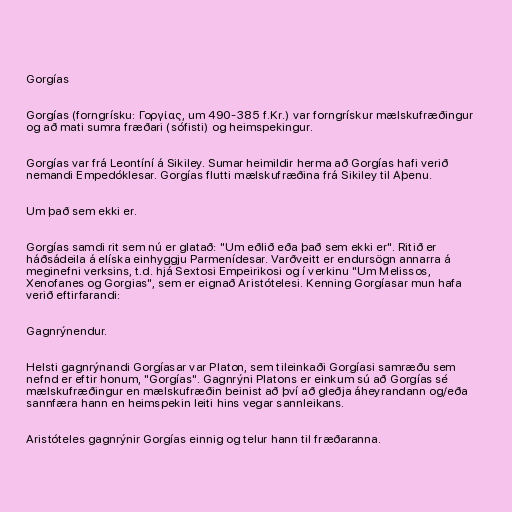
Gorgías

Gorgías (forngrísku: Γοργίας, um 490-385 f.Kr.) var forngrískur mælskufræðingur
og að mati sumra fræðari (sófisti) og heimspekingur.

Gorgías var frá Leontíní á Sikiley. Sumar heimildir herma að Gorgías hafi verið
nemandi Empedóklesar. Gorgías flutti mælskufræðina frá Sikiley til Aþenu.

Um það sem ekki er.

Gorgías samdi rit sem nú er glatað: "Um eðlið eða það sem ekki er". Ritið er
háðsádeila á elíska einhyggju Parmenídesar. Varðveitt er endursögn annarra á
meginefni verksins, t.d. hjá Sextosi Empeirikosi og í verkinu "Um Melissos,
Xenofanes og Gorgias", sem er eignað Aristótelesi. Kenning Gorgíasar mun hafa
verið eftirfarandi:

Gagnrýnendur.

Helsti gagnrýnandi Gorgíasar var Platon, sem tileinkaði Gorgíasi samræðu sem
nefnd er eftir honum, "Gorgías". Gagnrýni Platons er einkum sú að Gorgías sé
mælskufræðingur en mælskufræðin beinist að því að gleðja áheyrandann og/eða
sannfæra hann en heimspekin leiti hins vegar sannleikans.

Aristóteles gagnrýnir Gorgías einnig og telur hann til fræðaranna.